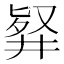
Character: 𠭢